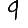
Digit: 9